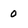
Character: 0